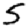
Digit: 5